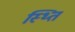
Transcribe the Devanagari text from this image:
स्थ्‍ति